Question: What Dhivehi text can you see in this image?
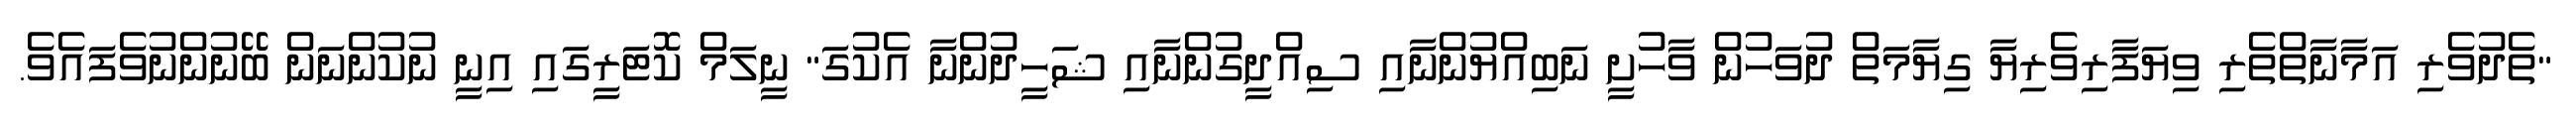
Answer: "ތެދުވެރި އަމާނާތްތެރި ވިޔަފާރިވެރިޔާ ގިޔާމަތް ދުވަހުން ވާހުށީ ނަބިއްޔުންނާއި ސިއްދީގުންނާއި ޝަހީދުންނާ އެކުގަ" ނީލަމް ކޮޓަރީގައި އިނީ ނުކުންނަން ބޭނުންނުވެފައެވެ.